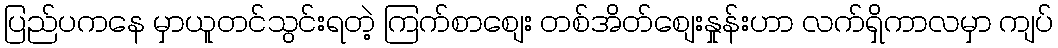
ပြည်ပကနေ မှာယူတင်သွင်းရတဲ့ ကြက်စာစျေး တစ်အိတ်စျေးနှုန်းဟာ လက်ရှိကာလမှာ ကျပ်